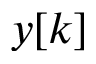
y [ k ]